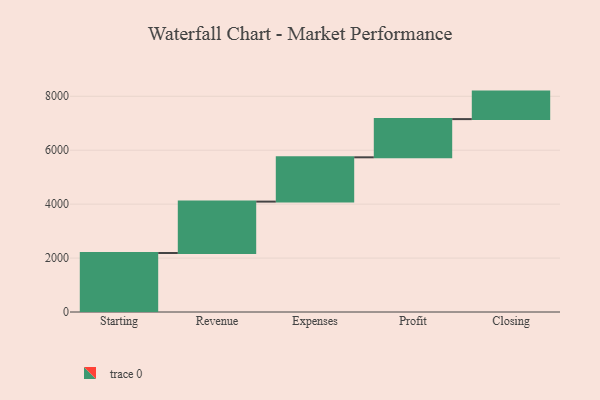
{"axis": {"x": "Step", "y": "Value"}, "legend": [""], "data": [{"x": "Starting", "y": 2188.0, "type": ""}, {"x": "Revenue", "y": 1906.0, "type": ""}, {"x": "Expenses", "y": 1643.0, "type": ""}, {"x": "Profit", "y": 1417.0, "type": ""}, {"x": "Closing", "y": 1020.0, "type": ""}]}